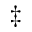
^ { \ddagger }